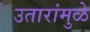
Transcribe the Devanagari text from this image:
उतारांमुळे